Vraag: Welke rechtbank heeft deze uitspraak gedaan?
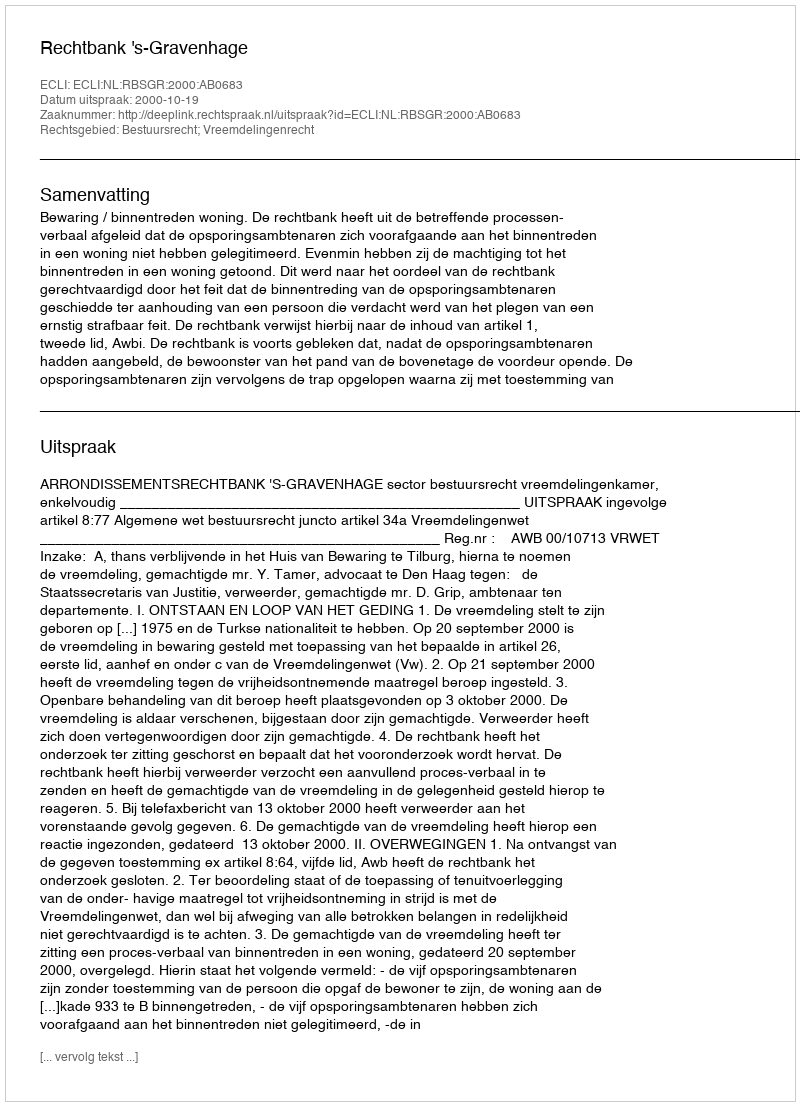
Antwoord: Rechtbank 's-Gravenhage